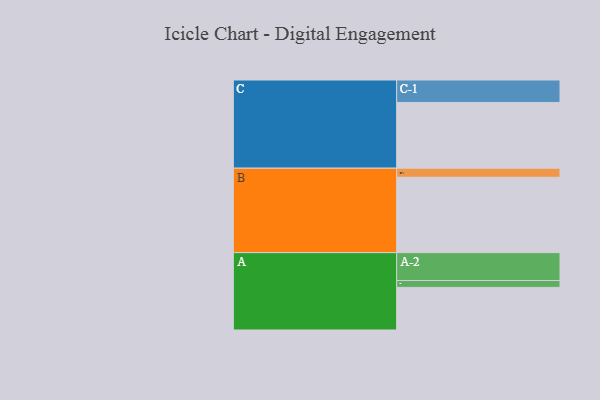
{"axis": {"x": "Segment", "y": "Value"}, "legend": ["", "A", "B", "C"], "data": [{"x": "A", "y": 319, "type": ""}, {"x": "B", "y": 564, "type": ""}, {"x": "C", "y": 492, "type": ""}, {"x": "A-1", "y": 51, "type": "A"}, {"x": "A-2", "y": 209, "type": "A"}, {"x": "B-1", "y": 68, "type": "B"}, {"x": "C-1", "y": 168, "type": "C"}]}